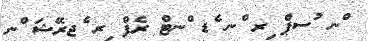
ްނ ުސޕް ިރ ްނ ެޑ ްނޓް ރެފް ިރ ެޖރޭޝަ ްނ